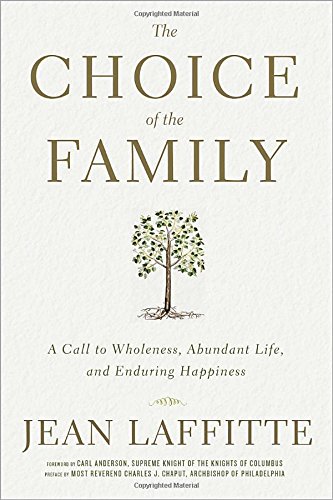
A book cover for The Choice of the Family: A Call to Wholeness, Abundant Life, and Enduring Happiness; Jean Laffitte; Christian Books & Bibles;